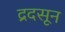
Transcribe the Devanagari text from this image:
द्रदसून